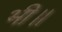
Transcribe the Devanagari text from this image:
भी॥